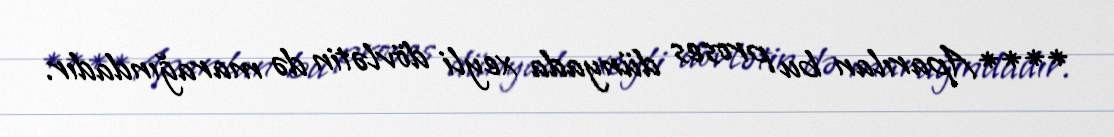
**** Aparılan bu proses dünyada xeyli dövlətin də marağındadır.